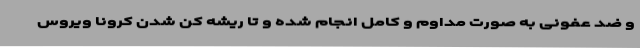
و ضد عفونی به صورت مداوم و کامل انجام شده و تا ریشه کن شدن کرونا ویروس